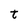
Character: t